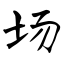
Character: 场